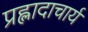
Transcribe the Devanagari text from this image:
प्रह्लादाचार्य